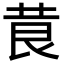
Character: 𮏃